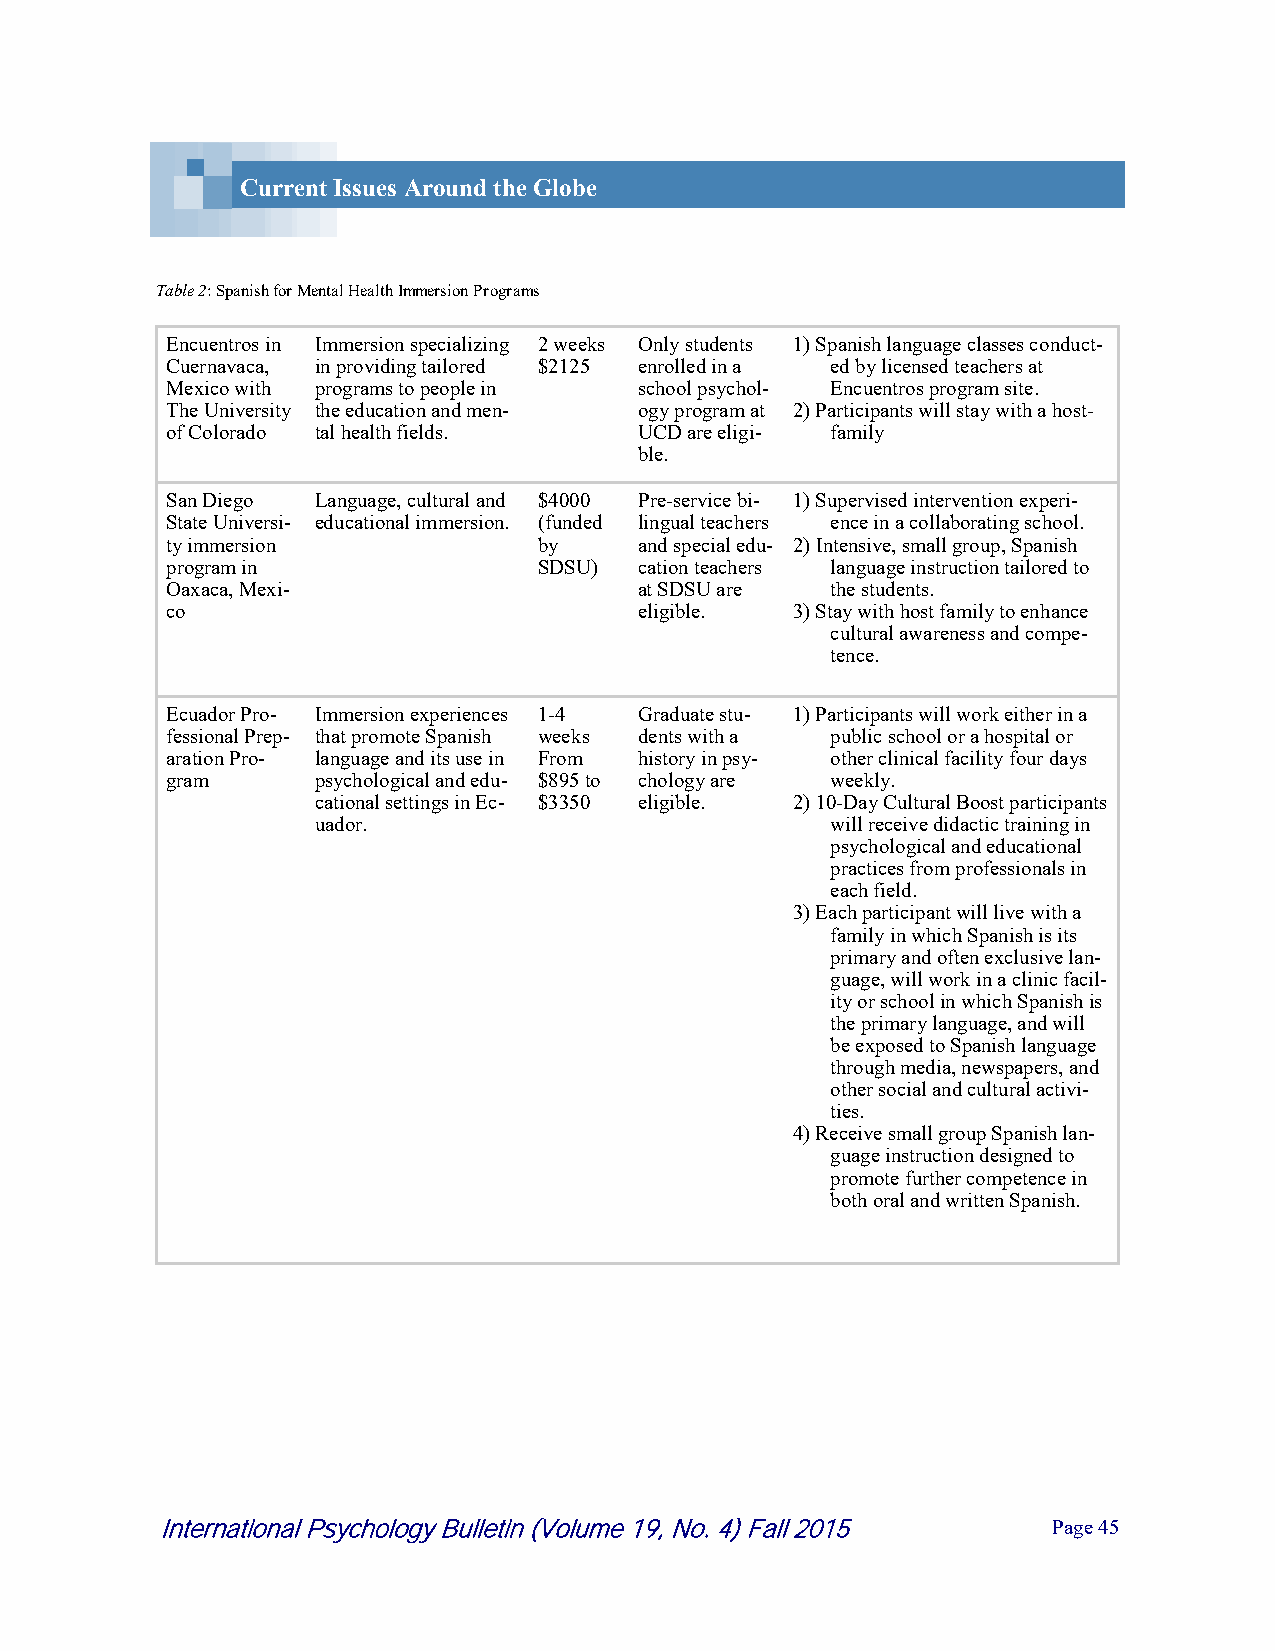
Current Issues Around the Globe
 Table 2: Spanish for Mental Health Immersion Programs
 Encuentros in Immersion specializing 2 weeks Only students 1) Spanish language classes conduct-
 Cuernavaca, in providing tailored $2125 enrolled in a ed by licensed teachers at
 Mexico with programs to people in school psychol- Encuentros program site.
 The University the education and men- ogy program at 2) Participants will stay with a host-
 of Colorado tal health fields. UCD are eligi- family
 ble.
 San Diego Language, cultural and $4000 Pre-service bi- 1) Supervised intervention experi-
 State Universi- educational immersion. (funded lingual teachers ence in a collaborating school.
 ty immersion             by    and special edu- 2) Intensive, small group, Spanish
 program in               SDSU) cation teachers language instruction tailored to
 Oaxaca, Mexi-                  at SDSU are  the students.
 co                             eligible. 3) Stay with host family to enhance
 cultural awareness and compe-
 tence.
 Ecuador Pro- Immersion experiences 1-4 Graduate stu- 1) Participants will work either in a
 fessional Prep- that promote Spanish weeks dents with a public school or a hospital or
 aration Pro- language and its use in From history in psy- other clinical facility four days
 gram      psychological and edu- $895 to chology are weekly.
 cational settings in Ec- $3350 eligible. 2) 10-Day Cultural Boost participants
 uador.                            will receive didactic training in
 psychological and educational
 practices from professionals in
 each field.
 3) Each participant will live with a
 family in which Spanish is its
 primary and often exclusive lan-
 guage, will work in a clinic facil-
 ity or school in which Spanish is
 the primary language, and will
 be exposed to Spanish language
 through media, newspapers, and
 other social and cultural activi-
 ties.
 4) Receive small group Spanish lan-
 guage instruction designed to
 promote further competence in
 both oral and written Spanish.
 International Psychology Bulletin (Volume 19, No. 4) Fall 2015 P a g e 4 5